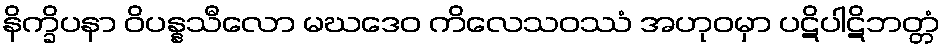
နိက္ခိပနာ ဝိပန္နသီလော မဃဒေဝ ကိလေသဝဿံ အဟုဝမှာ ပဋိပါဋိဘတ္တံ